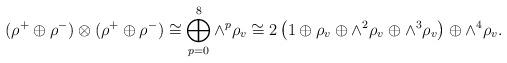
LaTeX: \begin{align*}(\rho^{+}\oplus\rho^{-})\otimes(\rho^{+}\oplus\rho^{-})\cong\bigoplus_{p=0}^{8}{\wedge}^{p}\rho_{v}\cong 2\left(1\oplus\rho_{v}\oplus{\wedge}^{2}\rho_{v}\oplus{\wedge}^{3}\rho_{v}\right)\oplus {\wedge}^{4}\rho_{v}.\end{align*}